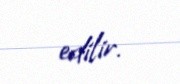
edilir.